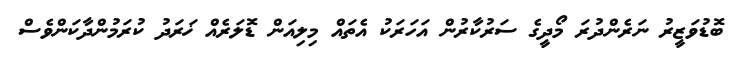
ބޮޑުވަޒީރު ނަރެންދުރަ މޯދީގެ ސަރުކާރުން އަހަރަކު އެތައް މިލިއަން ޑޮލަރެއް ޚަރަދު ކުރަމުންދާކަންވެސް